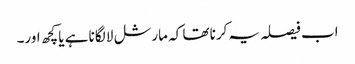
اب فیصلہ یہ کرنا تھا کہ مارشل لا لگانا ہے یا کچھ اور۔